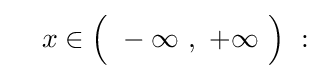
\quad x\in {\Bigl (}\ -\infty \ ,\ +\infty \ {\Bigr )}\ :